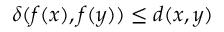
\delta ( f ( x ) , f ( y ) ) \leq d ( x , y )